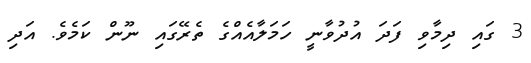
3 ގައި ދިމާވި ފަދަ އުދުވާނީ ހަމަލާއެއްގެ ތެރޭގައި ނޫން ކަމެވެ. އަދި